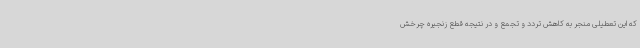
که این تعطیلی منجر به کاهش تردد و تجمع و در نتیجه قطع زنجیره چرخش